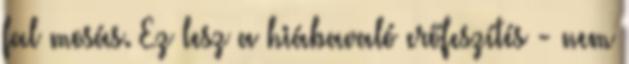
fal mosás. Ez lesz a hiábavaló erőfeszítés - nem